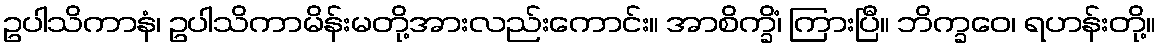
ဥပါသိကာနံ၊ ဥပါသိကာမိန်းမတို့အားလည်းကောင်း။ အာစိက္ခိံ၊ ကြားပြီ။ ဘိက္ခဝေ၊ ရဟန်းတို့။